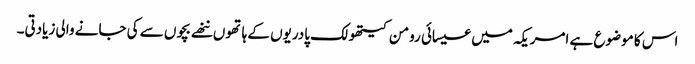
اس کا موضوع ہے امریکہ میں عیسائی رومن کیتھولک پادریوں کے ہاتھوں ننھے بچوں سے کی جانے والی زیادتی۔